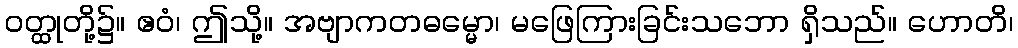
ဝတ္ထုတို့၌။ ဧဝံ၊ ဤသို့။ အဗျာကတဓမ္မော၊ မဖြေကြားခြင်းသဘော ရှိသည်။ ဟောတိ၊